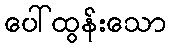
ပေါ်ထွန်းသော